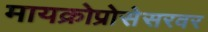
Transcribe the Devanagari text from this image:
मायक्रोप्रोसेसरवर